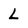
Character: L